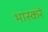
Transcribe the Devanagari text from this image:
भास्करे